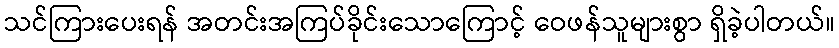
သင်ကြားပေးရန် အတင်းအကြပ်ခိုင်းသောကြောင့် ဝေဖန်သူများစွာ ရှိခဲ့ပါတယ်။